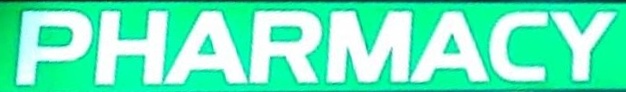
PHARMACY